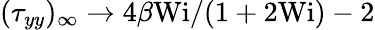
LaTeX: (\tau_{yy})_{\infty}\to 4\beta\textrm{Wi}/(1+2\textrm{Wi})-2